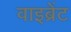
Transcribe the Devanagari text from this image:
वाइब्रेंट